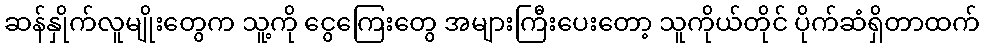
ဆန်နှိုက်လူမျိုးတွေက သူ့ကို ငွေကြေးတွေ အများကြီးပေးတော့ သူကိုယ်တိုင် ပိုက်ဆံရှိတာထက်